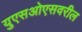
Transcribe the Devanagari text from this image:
युएसओएसवरील